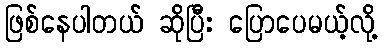
ဖြစ်နေပါတယ် ဆိုပြီး ပြောပေမယ့်လို့